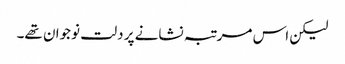
لیکن اس مرتبہ نشانے پر دلت نوجوان تھے۔